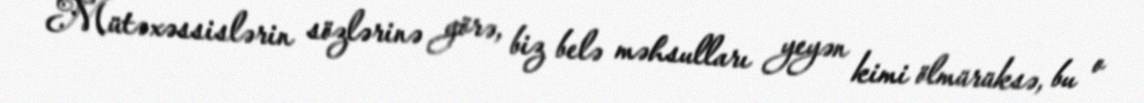
Mütəxəssislərin sözlərinə görə, biz belə məhsulları yeyən kimi ölmürüksə, bu o